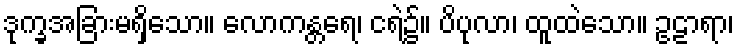
ဒုက္ခအခြားမရှိသော။ လောကန္တရေ၊ ငရဲ၌။ ပိပုလာ၊ ထူထဲသော။ ဥဠာရာ၊